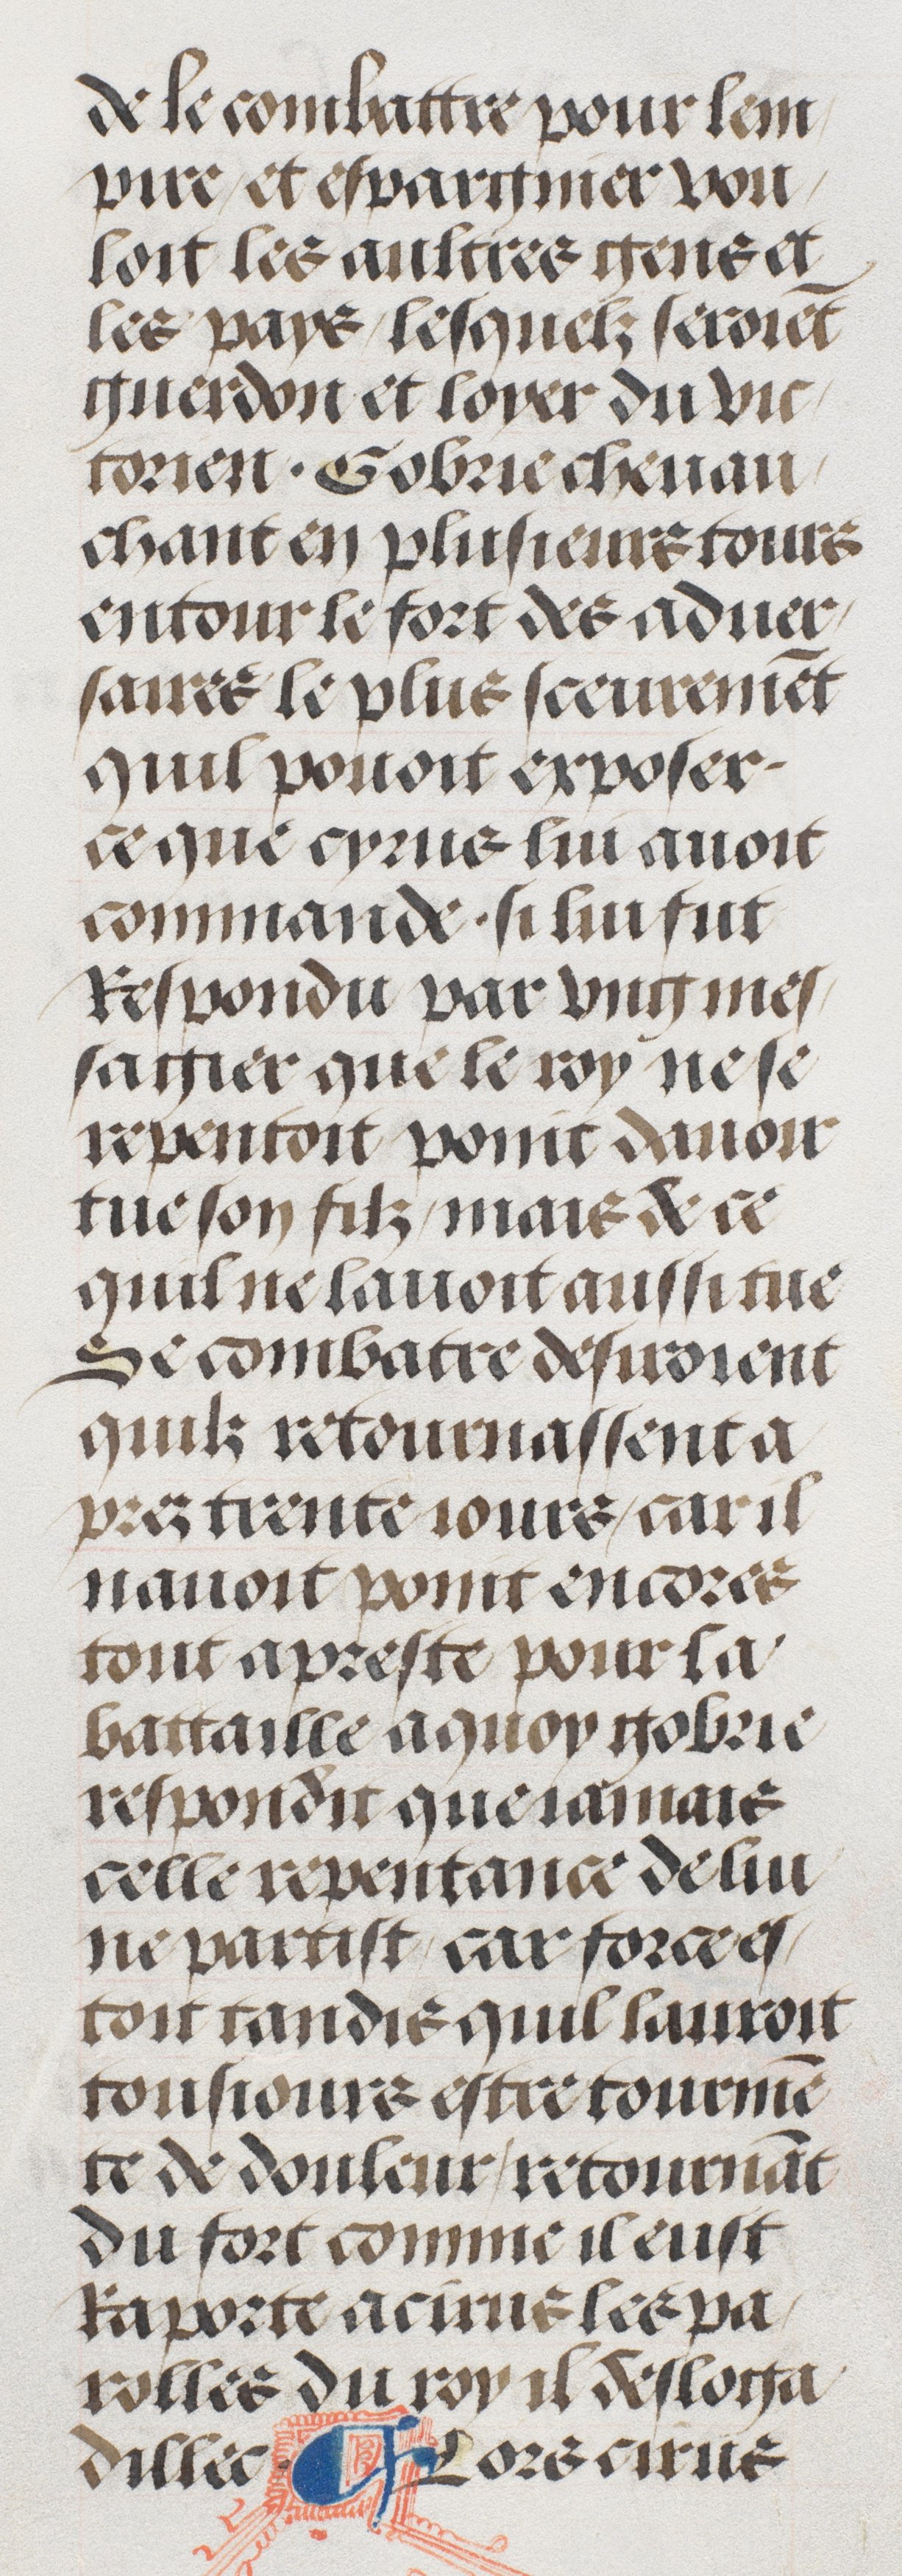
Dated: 1485–1505